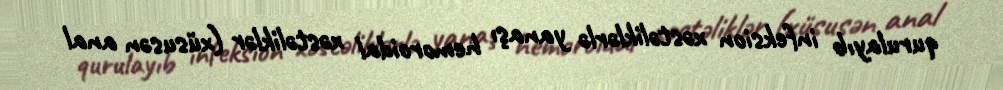
qurulayıb infeksion xəstəliklərlə yanaşı hemoroidal xəstəliklər (xüsusən anal